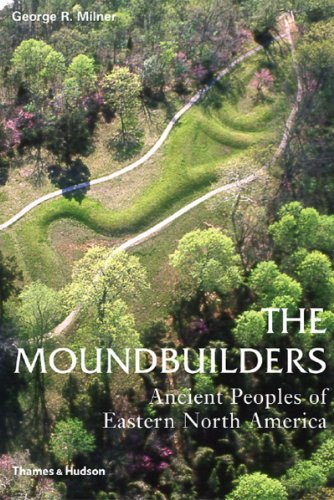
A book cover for The Moundbuilders: Ancient Peoples of Eastern North America (Ancient Peoples and Places); George R. Milner; History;